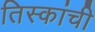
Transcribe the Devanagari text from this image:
तिस्कांची